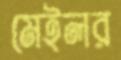
মেইলর